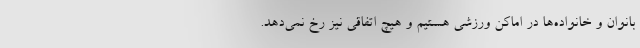
بانوان و خانواده‌ها در اماکن ورزشی هستیم و هیچ اتفاقی نیز رخ نمی‌دهد.